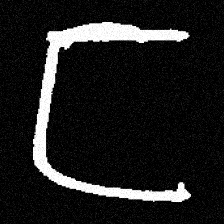
Pyu character \u2014 Myanmar letter: ဋ (romanized: tta)